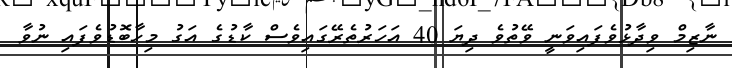
ނާޒިމް ވިދާޅުވެފައިވަނީ ވޭތުވެ ދިޔަ 40 އަހަރުތެރޭގައިވެސް ކާޑުގެ އަގު މިހާބޮޑުވެފައި ނުވާ